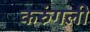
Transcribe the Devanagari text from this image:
करुंगली